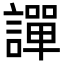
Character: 譂